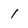
Character: 1